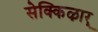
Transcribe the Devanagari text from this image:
सेक्किऴार्